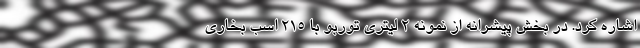
اشاره کرد. در بخش پیشرانه از نمونه 2 لیتری توربو با 215 اسب بخاری